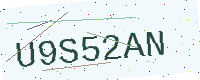
Text: U9S52AN